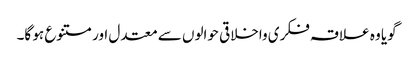
گویا وہ علاقہ فکری واخلاقی حوالوں سے معتدل اور متنوع ہو گا۔